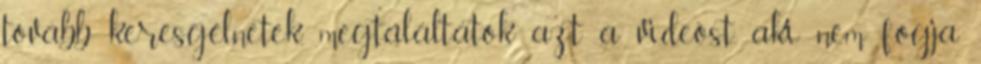
tovább keresgélnetek, megtaláltátok azt a videóst, aki nem fogja